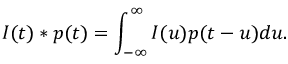
I ( t ) \ast p ( t ) = \int _ { - \infty } ^ { \infty } I ( u ) p ( t - u ) d u .